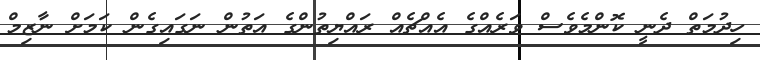
ހިދުމަތް ދެނީ ކޮންމެވެސް ވަރެއްގެ އެއްޗެއް ރައްޔިތުންގެ އަތުން ނަގައިގެން ކަމަށް ނާޒިމް